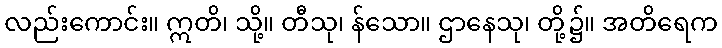
လည်းကောင်း။ ဣတိ၊ သို့။ တီသု၊ န်သော။ ဌာနေသု၊ တို့၌။ အတိရေက